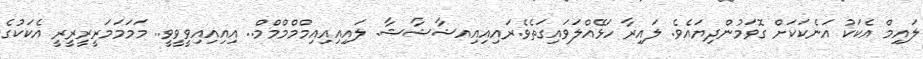
ލައިމް އެކަކު އަނެކަކަށް ގޮވަމުންދިޔައެވެ. ލައިރާ ހަޅޭއްލަވައިގަތެވެ.ރައިއިއިއޝާޝާޝާ. ލައިއިއިއިމްމްމްމްމް.. އިއިއިއިވީވީވީ.. މަމަމަމަރީރީރީރީ އެކަކުގެ